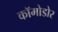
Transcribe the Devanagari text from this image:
कॉमोडोर